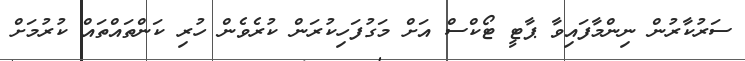
ސަރުކާރުން ނިންމާފައިވާ ޕާޓީ ޓޯކްސް އަށް މަގުފަހިކުރަން ކުރެވެން ހުރި ކަންތައްތައް ކުރުމަށް